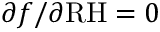
\partial f / \partial \mathrm { R H } = 0